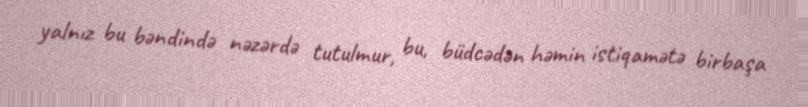
yalnız bu bəndində nəzərdə tutulmur, bu, büdcədən həmin istiqamətə birbaşa